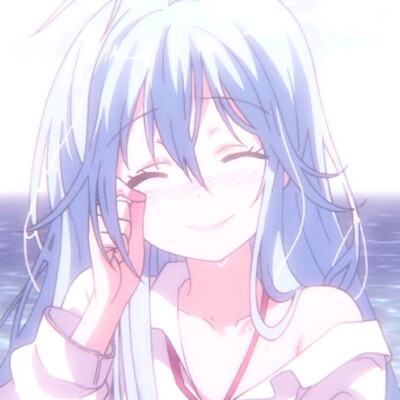
戍客望边邑，思归多苦颜。